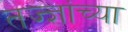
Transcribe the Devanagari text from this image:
तज्ज्ञांच्‍या